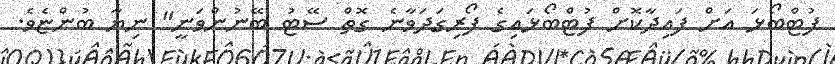
ފުޓްބޯޅަ އަށް ފައިދާކޮށް ފުޓްބޯޅައިގެ ފޯރިގަދަވާނެ ގޮތް ސޭޓު ބޭނުންވަނީ" ނިޔާ ބުންޏެވެ.